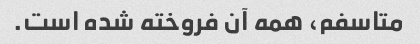
متاسفم، همه آن فروخته شده است.